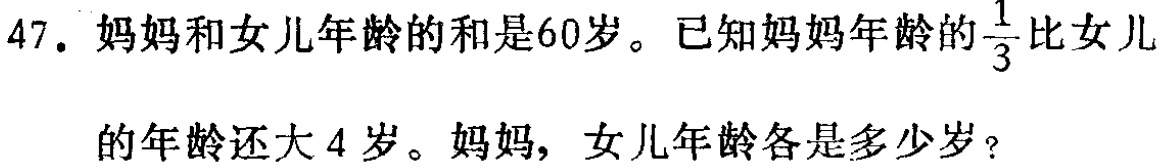
47. 妈妈和女儿年龄的和是60岁。已知妈妈年龄的$\frac{1}{3}$比女儿的年龄还大4岁。妈妈，女儿年龄各是多少岁？